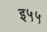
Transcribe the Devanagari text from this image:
इ५५